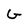
Character: G